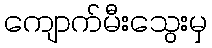
ကျောက်မီးသွေးမှ